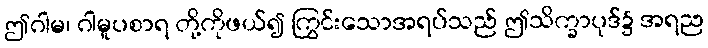
ဤဂါမ၊ ဂါမူပစာရ တို့ကိုဖယ်၍ ကြွင်းသောအရပ်သည် ဤသိက္ခာပုဒ်၌ အရည